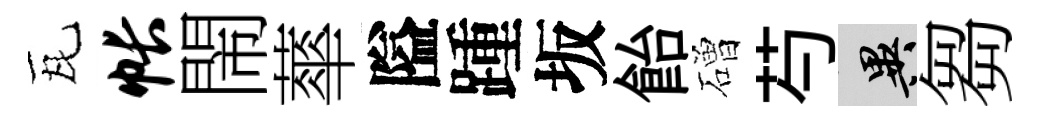
瓦帐閙蕐隘踵坂飴磳芍异芻